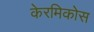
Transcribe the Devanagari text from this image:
केरमिकोस